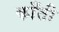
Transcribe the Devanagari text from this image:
काँती